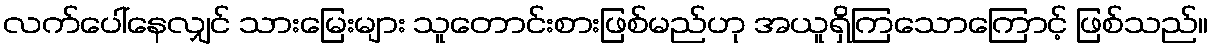
လက်ပေါ်နေလျှင် သားမြေးများ သူတောင်းစားဖြစ်မည်ဟု အယူရှိကြသောကြောင့် ဖြစ်သည်။